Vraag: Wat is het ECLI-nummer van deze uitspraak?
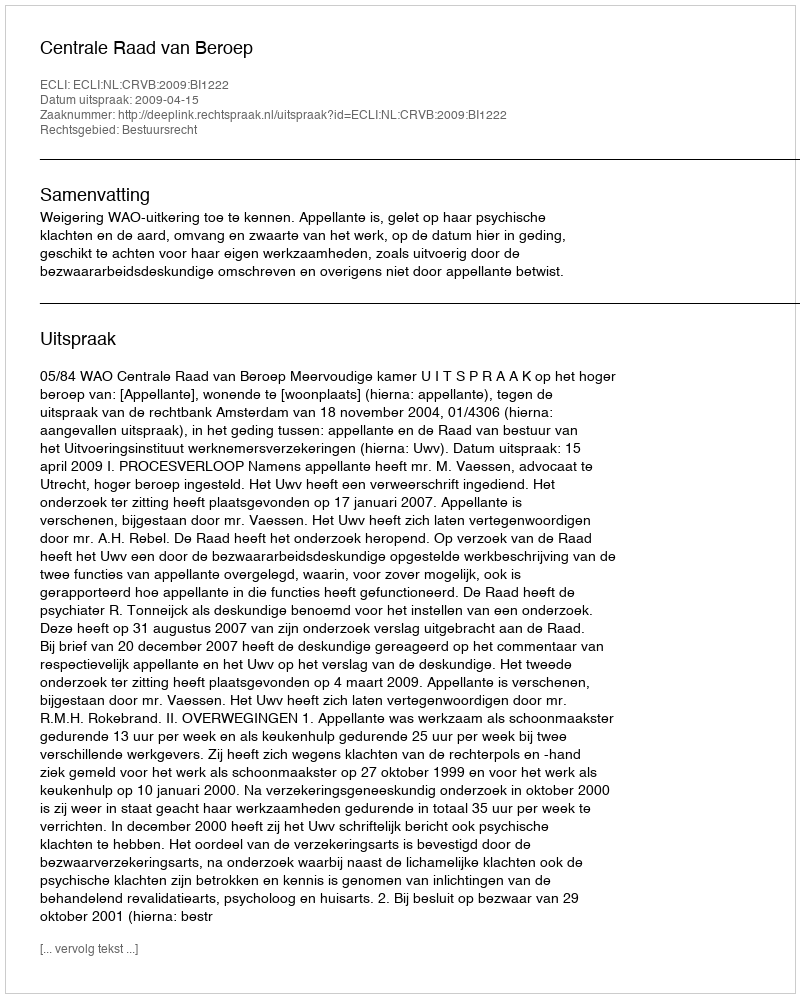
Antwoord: ECLI:NL:CRVB:2009:BI1222